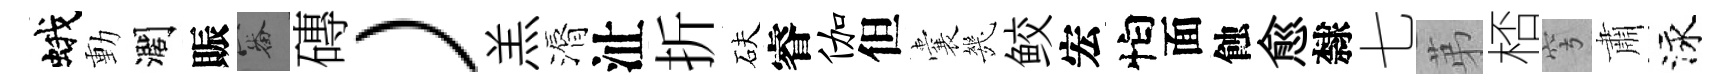
蛾動濶賑審磚）羔漘沚折砆睿伽但囊㡬鲛宏怕面蝕愈隸七苐桮穹肅泳